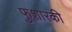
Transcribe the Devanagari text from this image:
फुशारकी